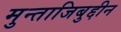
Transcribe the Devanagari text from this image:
मुन्ताजिबुद्दीन